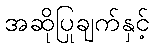
အဆိုပြုချက်နှင့်